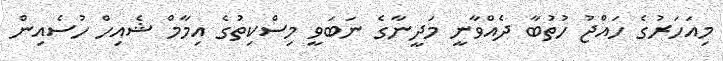
މިއަހަރުގެ ހައްޖު ހުތުބާ ދެއްވާނީ މަދީނާގެ ނަބަވީ މިސްކިތުގެ އިމާމް ޝެއިހް ހުސެއިން